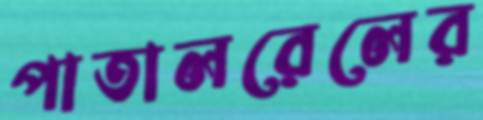
পাতালরেলের